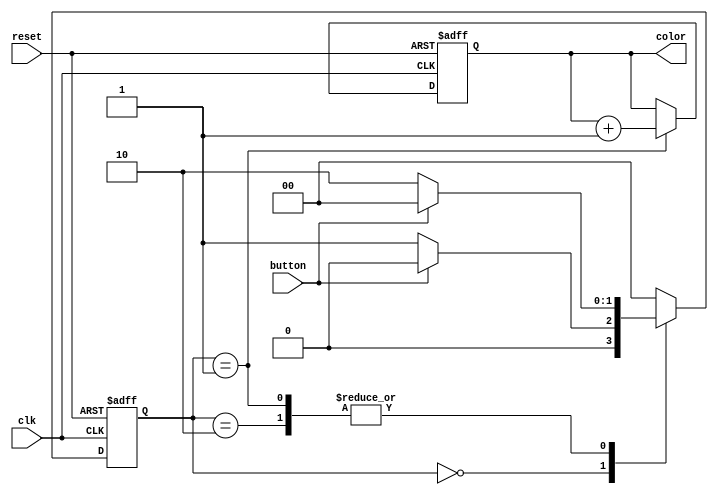
module RGBAdder(clk, reset, color, button);
input clk, reset, button;
reg [1:0] state, next_state;
reg [31:0] cnt;
output reg [3:0] color;
always@(*)begin
	case(state)
		2'b00 : next_state <= (button == 1'b0) ? 2'b01 : 2'b00; 
		2'b01 : next_state <= (button == 1'b0) ? 2'b10 : 1'b10;
		2'b10 : next_state <= (button == 1'b0) ? 2'b10 : 1'b00;
		default :next_state <= 2'b00; 
	endcase
end
always@(posedge clk or negedge reset)begin
	if(~reset)begin
		color <= 4'b0000;
		state <= 2'b00;
	end
	else begin
			case(state)
				2'b01 : color <= color + 1'd1;
				default : color <= color;
			endcase
			state <= next_state;
	end
end
endmodule